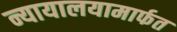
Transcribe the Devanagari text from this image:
न्यायालयामार्फत